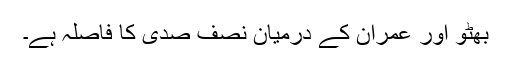
بھٹو اور عمران کے درمیان نصف صدی کا فاصلہ ہے۔